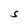
Character: S